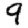
Digit: 9